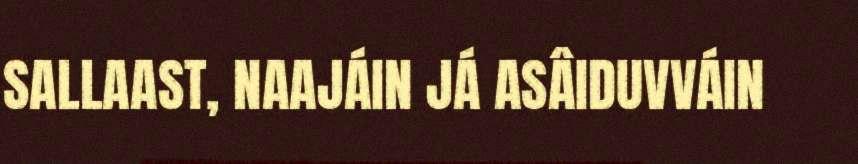
SALLAAST, NAAJÁIN JÁ ASÂIDUVVÁIN